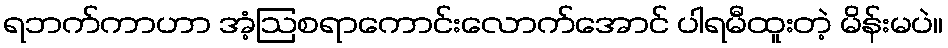
ရဘက်ကာဟာ အံ့ဩစရာကောင်းလောက်အောင် ပါရမီထူးတဲ့ မိန်းမပဲ။